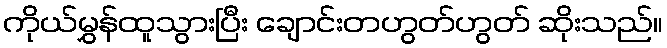
ကိုယ်မွှန်ထူသွားပြီး ချောင်းတဟွတ်ဟွတ် ဆိုးသည်။